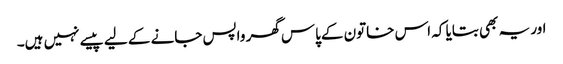
اور یہ بھی بتایا کہ اس خاتون کےپاس گھر واپس جانے کے لیے پیسے نہیں ہیں۔